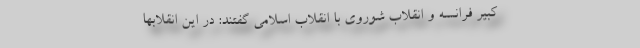
کبیر فرانسه و انقلاب شوروی با انقلاب اسلامی گفتند: در این انقلابها